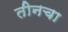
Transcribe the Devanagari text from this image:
तीनचा